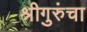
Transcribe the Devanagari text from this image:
श्रीगुरुंचा